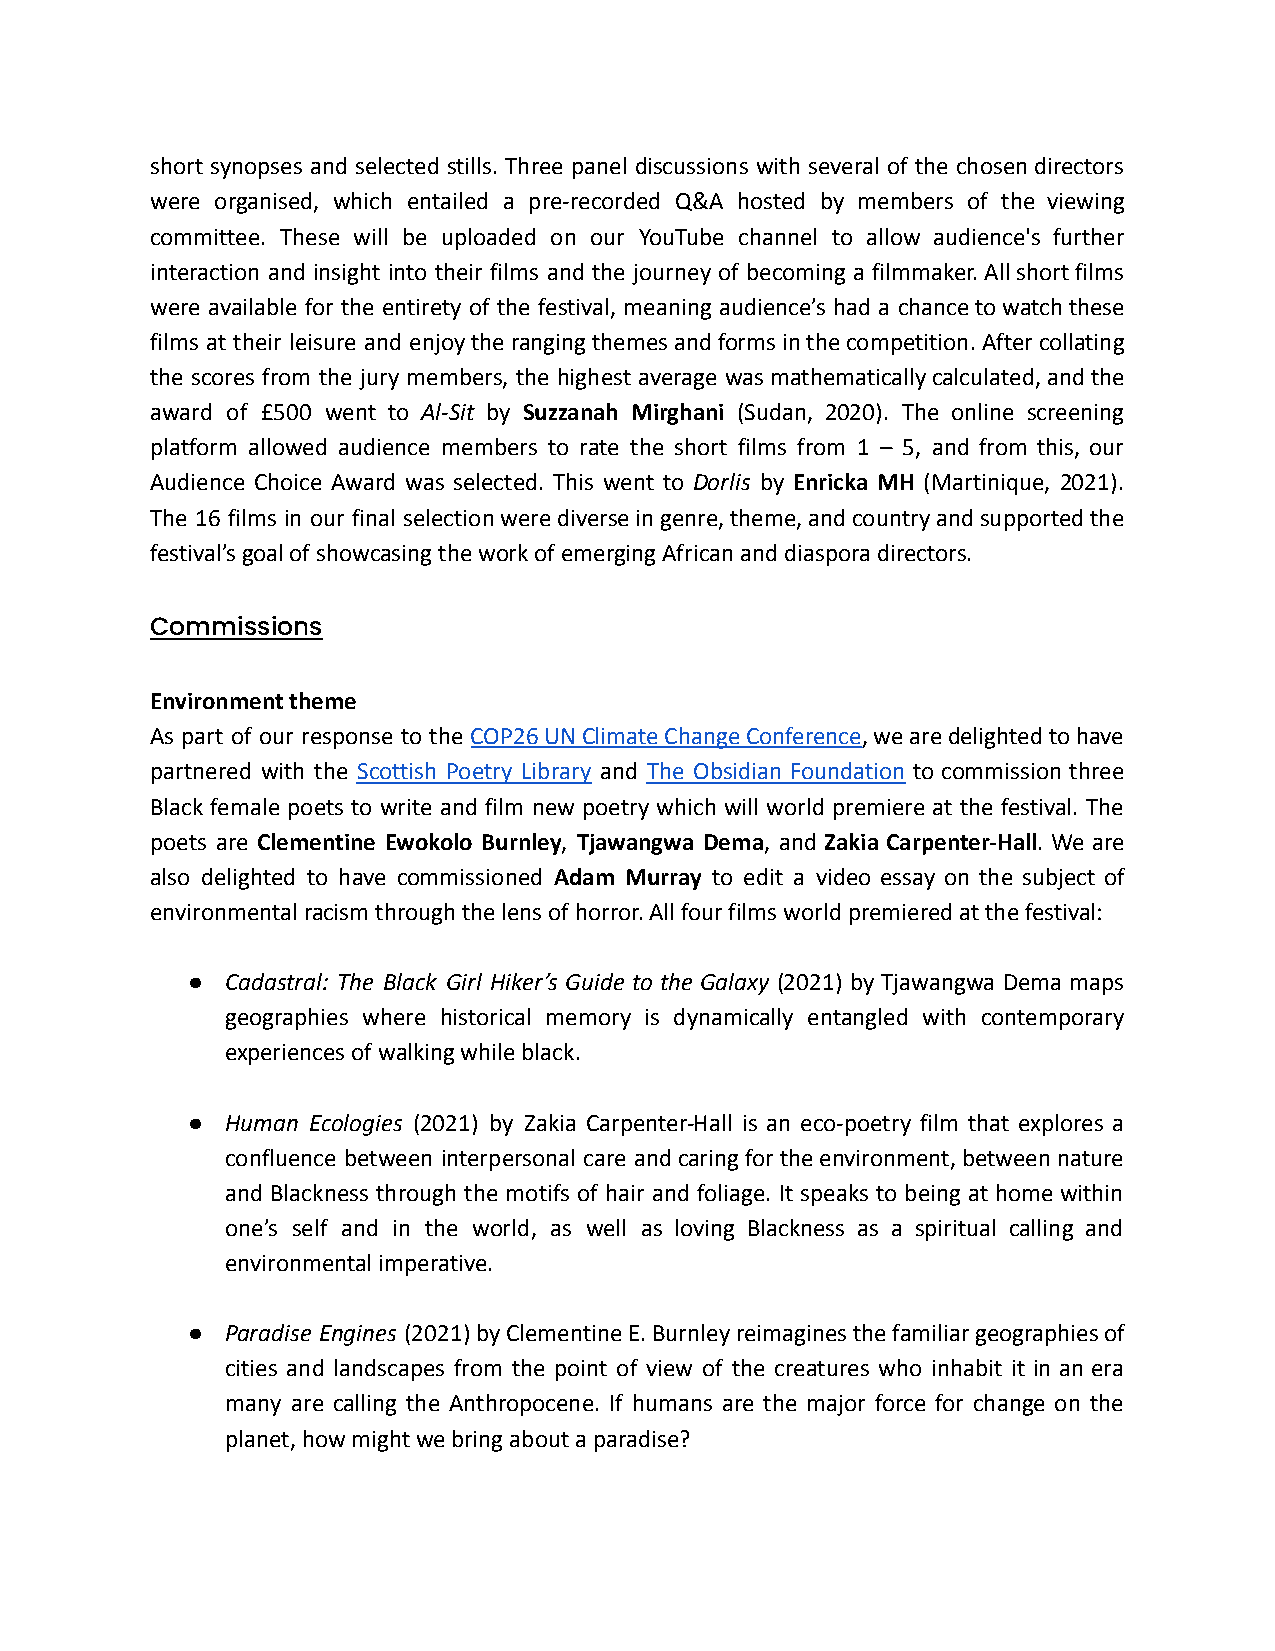
short synopses and selected stills. Three panel discussions with several of the chosendirectors
 were organised, which entailed a pre-recorded Q&A hosted by members of the viewing
 committee. These will be uploaded on our YouTube channel to allow audience's further
 interaction and insight into their films and the journey of becoming a filmmaker.Allshortfilms
 were available for the entirety of the festival, meaning audience’s had a chancetowatchthese
 films at their leisure and enjoytherangingthemesandformsinthecompetition.Aftercollating
 the scores from the jury members, the highest average wasmathematicallycalculated,andthe
 award of £500 went to Al-Sit by Suzzanah Mirghani (Sudan, 2020). The online screening
 platform allowed audience members to rate the short films from 1 – 5, and from this, our
 Audience Choice Award was selected. This went to Dorlis by Enricka MH (Martinique, 2021).
 The 16 films in our final selectionwerediverseingenre,theme,andcountryandsupportedthe
 festival’s goal of showcasing the work of emerging African and diaspora directors.
 Commissions
 Environment theme
 As part of our response to the COP26UNClimateChangeConference,wearedelightedtohave
 partnered with the Scottish Poetry Library and The Obsidian Foundation to commission three
 Black female poets to write and film new poetry which will world premiere at the festival. The
 poets are Clementine Ewokolo Burnley, Tjawangwa Dema, and Zakia Carpenter-Hall. We are
 also delighted to have commissioned Adam Murray to edit a video essay on the subject of
 environmental racism through the lens of horror. All four films world premiered at the festival:
 ●  Cadastral: The Black Girl Hiker’s Guide to the Galaxy (2021) by Tjawangwa Dema maps
 geographies where historical memory is dynamically entangled with contemporary
 experiences of walking while black.
 ●  Human Ecologies (2021) by Zakia Carpenter-Hall is an eco-poetry film that explores a
 confluence between interpersonal care andcaringfortheenvironment,betweennature
 and Blackness through the motifs of hair and foliage. It speaks to being at homewithin
 one’s self and in the world, as well as loving Blackness as a spiritual calling and
 environmental imperative.
 ●  Paradise Engines (2021)byClementineE.Burnleyreimaginesthefamiliargeographiesof
 cities and landscapes from the point of view of the creatures who inhabit it in an era
 many are calling the Anthropocene. If humans are the major force for change on the
 planet, how might we bring about a paradise?